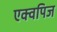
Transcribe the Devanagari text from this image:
एक्वपिज